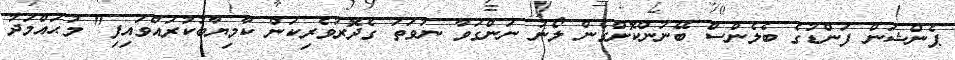
ޕެންޝަން ފަންޑުގެ ބެލެންސް ބޭނުންކޮށްގެން ލޯނު ނަންގަވާ ނުވަތަ ގެދޮރުވެރިކަން ކާމިޔާބުކުރައްވައިފި" މުޙައްމަދު